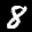
Label: 8